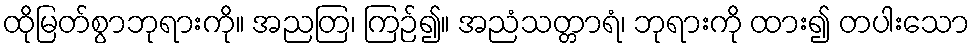
ထိုမြတ်စွာဘုရားကို။ အညတြ၊ ကြဉ်၍။ အညံသတ္တာရံ၊ ဘုရားကို ထား၍ တပါးသော